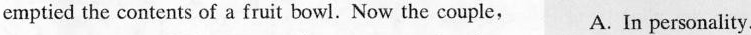
emptied the contents of a fruit bowl. Now the couple, A. In personality.